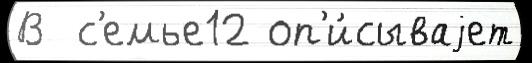
В  с'емье12 оп'и́сываjет